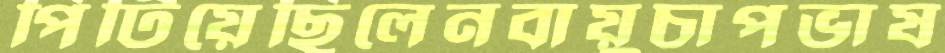
পিটিয়েছিলেনবায়ুচাপভাষ